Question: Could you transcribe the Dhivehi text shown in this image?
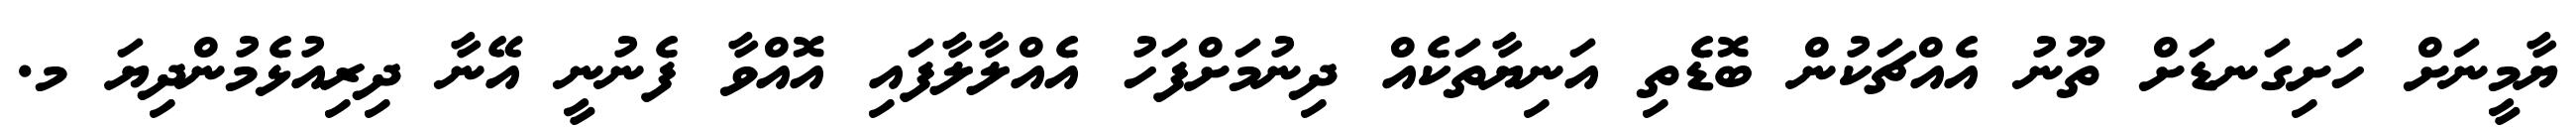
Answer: ޔާމީނަށް ހަށިގަނޑަށް ތޫނު އެއްޗަކުން ބޮޑެތި އަނިޔާތަކެއް ދިނުމަށްފަހު އެއްލާލާފައި އޮއްވާ ފެނުނީ އޭނާ ދިރިއުޅެމުންދިޔަ މ.